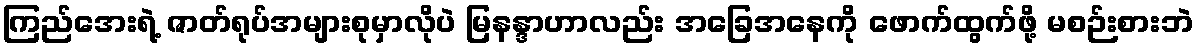
ကြည်အေးရဲ့ ဇာတ်ရုပ်အများစုမှာလိုပဲ မြနန္ဒာဟာလည်း အခြေအနေကို ဖောက်ထွက်ဖို့ မစဉ်းစားဘဲ